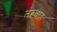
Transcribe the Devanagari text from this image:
तंख्वाह